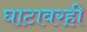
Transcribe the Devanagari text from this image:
घाटावरही